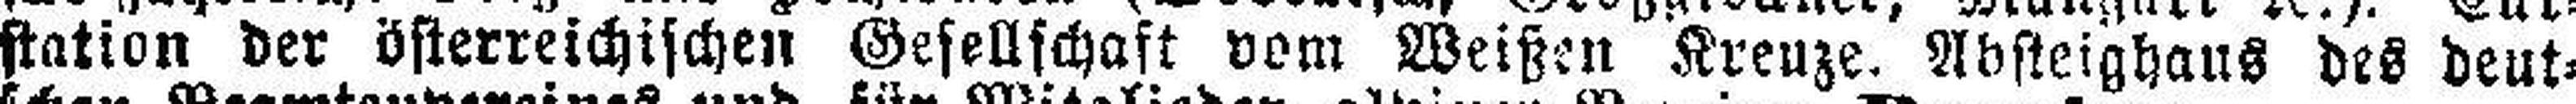
station der österreichischen Gesellschaft vom Weißen Kreuze. Absteighaus des deut¬